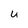
Character: U